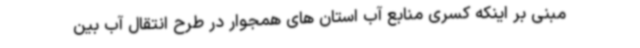
مبنی بر اینکه کسری منابع آب استان های همجوار در طرح انتقال آب بین